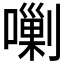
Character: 𱕄